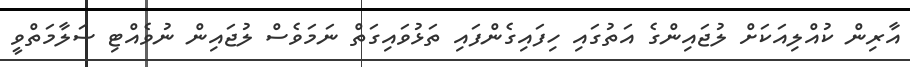
އާރިން ކުއްލިއަކަށް ލުޖައިންގެ އަތުގައި ހިފައިގެންފައި ތަޅުވައިގަތް ނަމަވެސް ލުޖައިން ނުވެއްޓި ސަލާމަތްވީ